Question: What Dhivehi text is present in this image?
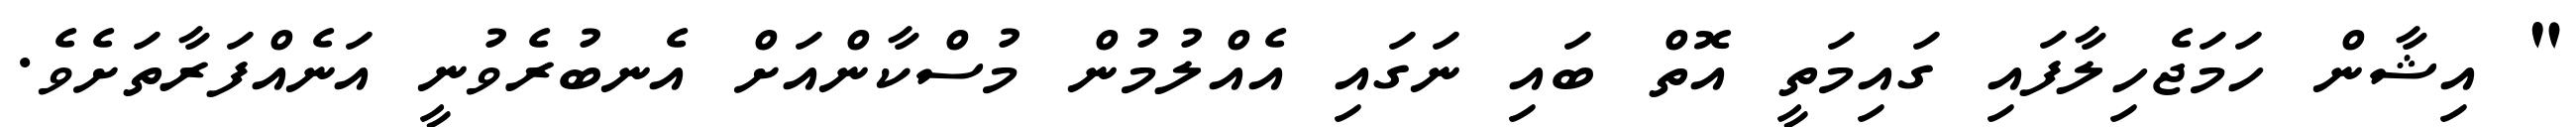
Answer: " އިޝާން ހަމަޖެހިލާފައި ގައިމަތީ އޮތް ބައި ނަގައި އެއްލުމުން މުސްކާންއަށް އެނބުރެވުނީ އަނެއްފަރާތަށެވެ.